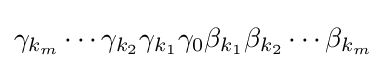
\gamma _{k_{m}}\dotsb \gamma _{k_{2}}\gamma _{k_{1}}\gamma _{0}\beta _{k_{1}}\beta _{k_{2}}\dotsb \beta _{k_{m}}